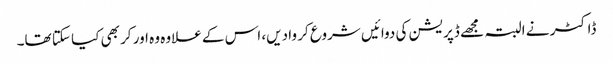
ڈاکٹر نے البتہ مجھے ڈپریشن کی دوائیں شروع کر وا دیں، اس کے علاوہ وہ اور کر بھی کیا سکتا تھا۔